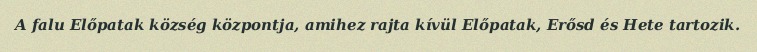
A falu Előpatak község központja, amihez rajta kívül Előpatak, Erősd és Hete tartozik.